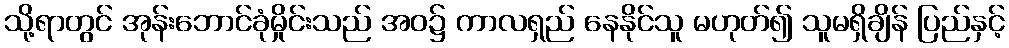
သို့ရာတွင် အုန်းဘောင်ခုံမှိုင်းသည် အဝ၌ ကာလရှည် နေနိုင်သူ မဟုတ်၍ သူမရှိချိန် ပြည်နှင့်